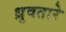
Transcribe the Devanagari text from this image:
ध्रुवतारे